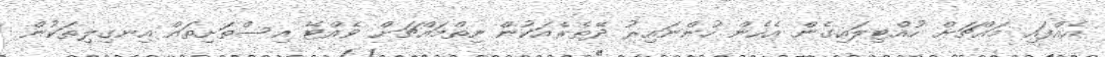
އެއްފައި މައްޗަށް ހުއްޓިލައިގެން އެހެން ހުންނައިރު ދޭތެރެއަކުން ނިތްމައްޗަށް ވެއްޓޭ އިސްތަށިތައް އިނގިލިތަކުން